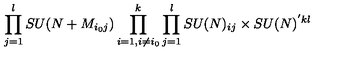
\prod _ { j = 1 } ^ { l } S U ( N + M _ { i _ { 0 } j } ) \prod _ { i = 1 , i \ne i _ { 0 } } ^ { k } \prod _ { j = 1 } ^ { l } S U ( N ) _ { i j } \times S U ( N ) ^ { ' k l }